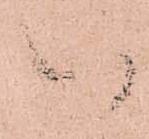
以